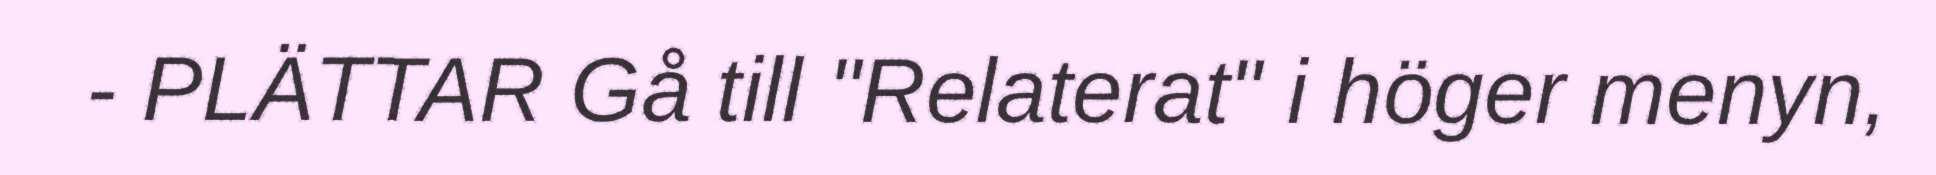
- PLÄTTAR Gå till "Relaterat" i höger menyn,